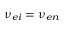
\nu _ { e i } = \nu _ { e n }